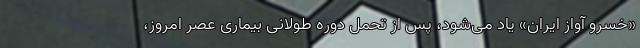
«خسرو آواز ایران» یاد می‌شود، پس از تحمل دوره طولانی بیماری عصر امروز،